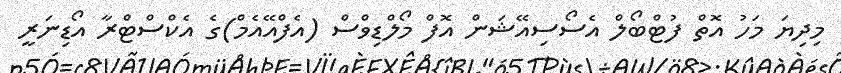
މިދިޔަ މަހު އޮތް ފުޓްބޯލް އެސޯސިއޭޝަން އޮފް މޯލްޑިވްސް (އެފްއޭއެމް)ގެ އެކްސްޓްރާ އޯޑިނަރީ